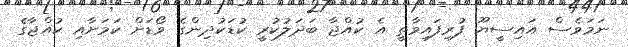
ނަމަވެސް އައިސީޔޫ ފުރިފައިވާތީ އެ ކުއްޖާ ބަދަލުކުރީ ކުޑަކުދިންގެ ވޯޑަށް ކަމަށާއި ކުއްޖާގެ